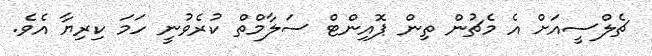
ޗެލްސީއަށް އެ މެޗުން ތިން ޕޮއިންޓް ސަލާމްތް ކުރެވުނީ ހަމަ ކިރިޔާ އެވެ.